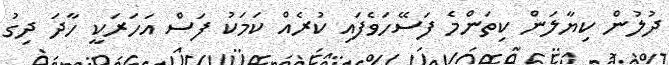
ދުލުން ކިޔާލަން ކިތަންމެ ފަސޭހަވެފައި ކުރެއް ކަމަކު ފަސް އަހަރަކީ ހާދަ ދިގު